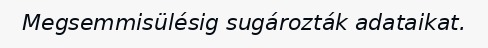
Megsemmisülésig sugározták adataikat.